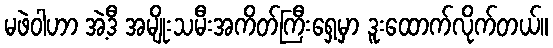
မဖဲဝါဟာ အဲ့ဒီ အမျိုးသမီးအကိတ်ကြီးရှေ့မှာ ဒူးထောက်လိုက်တယ်။